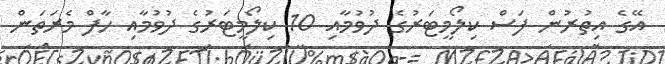
އޭގެ އިތުރުން ފަސް ކިލޯމީޓަރުގެ ދުވުމާއި 10 ކިލޯމީޓަރުގެ ދުވުމާއި ހާފް މެރަތަން